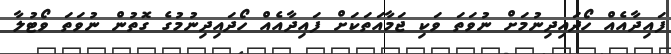
ފައިދާއެއް ހޯދައިދިނުމަށް ނުވަތަ ވަކި ޖަމާއަތަކަށް ފައިދާއެއް ހޯދައިދިނުމުގެ ގޮތުން ނުވަތަ ވޯޓުލާ